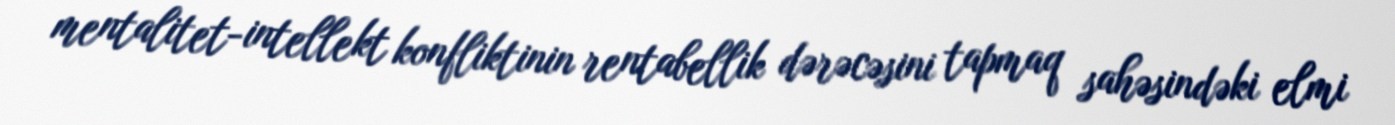
mentalitet-intellekt konfliktinin rentabellik dərəcəsini tapmaq sahəsindəki elmi